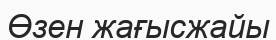
Өзен жағысжайы